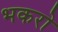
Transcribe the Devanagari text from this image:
भकरो